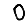
Digit: 0